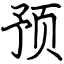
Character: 预